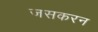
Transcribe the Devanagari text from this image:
जसकरन